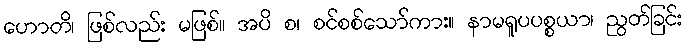
ဟောတိ၊ ဖြစ်လည်း မဖြစ်။ အပိ စ၊ စင်စစ်သော်ကား။ နာမရူပပစ္စယာ၊ ညွတ်ခြင်း